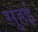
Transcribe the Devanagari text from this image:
सुहई